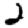
Digit: 2